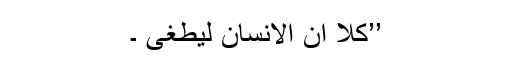
’’کَلَّآ اِنَّ الِاْنْسَانَ لَیَطْغٰٓی ۔